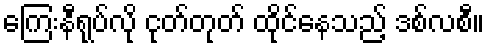
ကြေးနီရုပ်လို ငုတ်တုတ် ထိုင်နေသည့် ဒစ်လစီ။